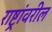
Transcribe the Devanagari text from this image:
राष्ट्रांवरील